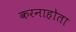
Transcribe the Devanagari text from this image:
करनाहोता